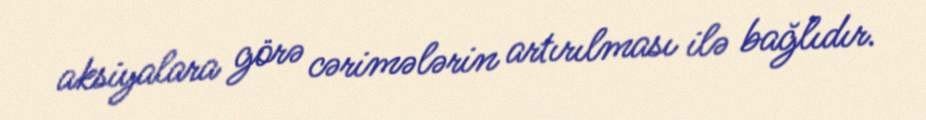
aksiyalara görə cərimələrin artırılması ilə bağlıdır.